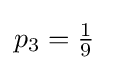
p_{3}=\textstyle {\frac {1}{9}}\